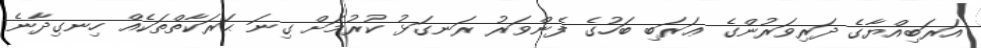
އަރަބިއްޔާގެ ދަރިވަރުންގެ ޢަރަބި ބަހުގެ ފެންވަރު ރަނގަޅު ކުރުމަށް ގިނަ ޙަރަކާތްތަކެއް ހިނގިދާނެ